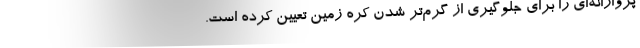
پروازانه‌ای را برای جلوگیری از گرم‌تر شدن کره زمین تعیین کرده است.